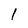
Character: 1